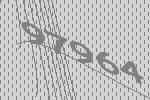
97964